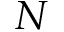
N